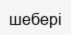
шебері